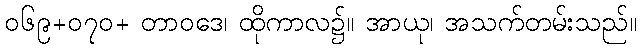
၀၆၉+၀၇၀+ တာဝဒေ၊ ထိုကာလ၌။ အာယု၊ အသက်တမ်းသည်။